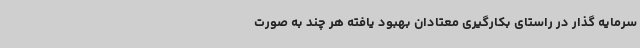
سرمایه گذار در راستای بکارگیری معتادان بهبود یافته هر چند به صورت